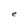
Character: e